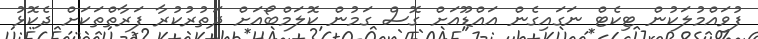
ފުވައްމުލަކުން ޓިކެޓް ނަގައިގެން އައްޑޫއަށް ގޮސް ގަމުން ކޮލަމްބޯއަށް ދަތުރުކުރާ ފަރާތްތަކަށް ދެކޮޅު